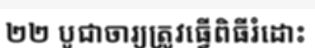
២២ បូជាចារ្យត្រូវធ្វើពិធីរំដោះ